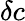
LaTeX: \delta c